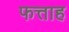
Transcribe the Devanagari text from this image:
फत्ताह